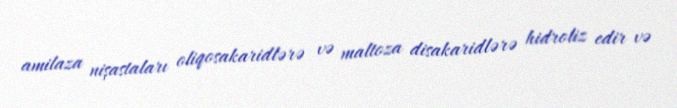
amilaza nişastaları oliqosakaridlərə və maltoza disakaridlərə hidroliz edir və